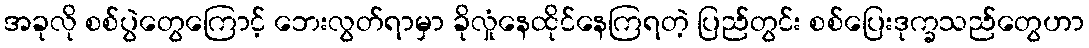
အခုလို စစ်ပွဲတွေကြောင့် ဘေးလွတ်ရာမှာ ခိုလှုံနေထိုင်နေကြရတဲ့ ပြည်တွင်း စစ်ပြေးဒုက္ခသည်တွေဟာ